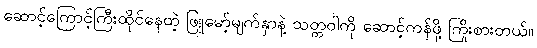
ဆောင့်ကြောင့်ကြီးထိုင်နေတဲ့ ဖြူမော့်မျက်နှာနဲ့ သတ္တဝါကို ဆောင့်ကန်ဖို့ ကြိုးစားတယ်။